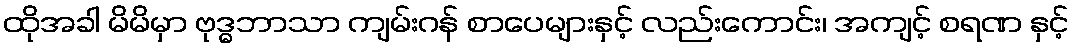
ထိုအခါ မိမိမှာ ဗုဒ္ဓဘာသာ ကျမ်းဂန် စာပေများနှင့် လည်းကောင်း၊ အကျင့် စရဏ နှင့်